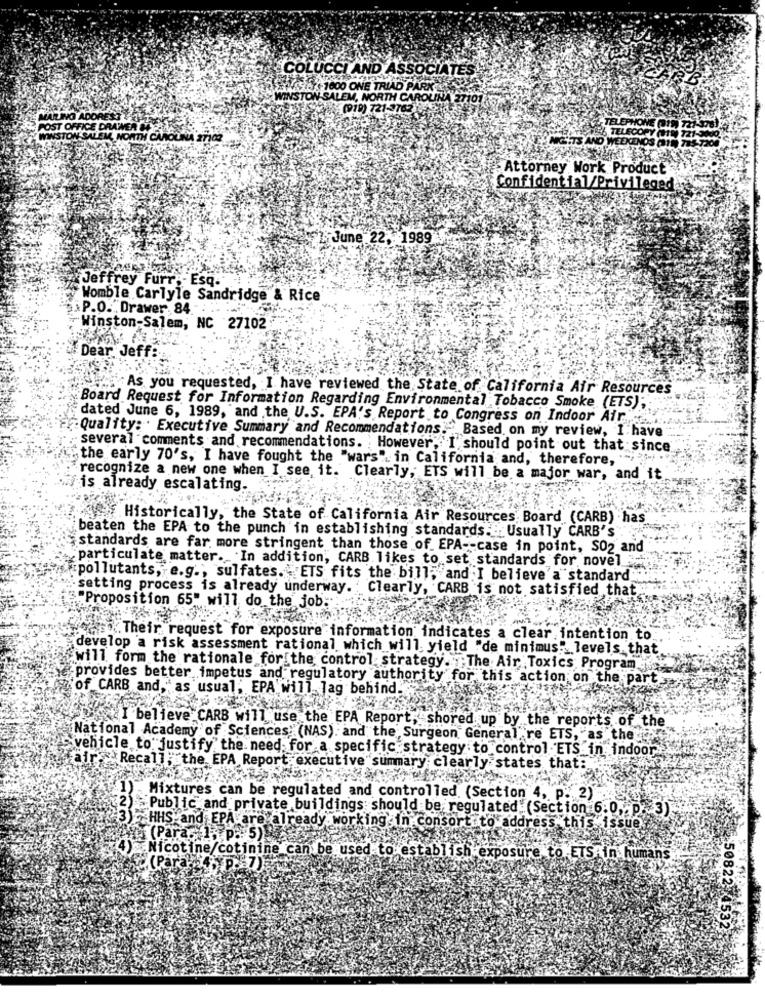
COLUCCI AND ASSOCIATES
ETSEC-1600 ONE TRIAD PARK
NSTON SALEM, NORTH CAROLINA 27101.
(910) 721-1703 67
POST O
56 TELECO
NORTH CAROLINA 27102
ETS AND WEEKEN
Attorney Work Product
Confidential/Privileged
June 22, 1989
Jeffrey Furr; - Esq.
Womble Carlyle Sandridge & Rice
:P.O. Drawer. 84 .-
Winston-Salem, NC 27102
Dear Jeff:
As you requested, I have reviewed the State of California Air Resources
Board Request for Information Regarding Environmental Tobacco Smoke (ETS);
dated June 6, 1989, and the U.S. EPA's Report to Congress on Indoor Air ...
Quality: . Executive Summary and Recommendations."Based on my review, I have
several comments and recommendations. However, I should point out that since
the early 70's, I have fought the "wars". in California and, therefore, ","".
recognize a new one when I see, it. Clearly, ETS will be a major war, and it.
fis already escalating.
Af Historically, the State of California Air Resources Board (CARB) has
beaten the EPA to the punch in establishing standards .. Usually CARB's
standards are far more stringent than those of EPA -- case in point, S02 and
particulate matter. In addition, CARB likes to set standards for novel
pollutants, e.g ., sulfates. ETS fits the bill, and I believe a standard
setting process is already underway. : Clearly, CARB is not satisfied that
"Proposition 65" will do the job:
was .Their request for exposure information indicates a clear intention to
develop a risk assessment rational which will. yield "de minimus" levels. that
will form the rationale for the control strategy. The Air Toxics Program
provides better impetus and regulatory authority for this action on the part.
of CARB and, as usual, EPA will lag behind.
I believe CARB will use the EPA Report, shored up by the reports of the
National Academy of Sciences: (NAS). and the Surgeon General re ETS, as the
vehicle to justify the need for a specific strategy to control ETS in indoor koua
Fairs Recall; the EPA Report executive summary clearly states that:
Mixtures can be regulated and controlled (Section 4, p. 2)
2) Public and private buildings should be regulated (Section 6.0, p. 3)
3) HHS and EPA are already working in consort to address this issue
als (Para. 1. p .: 5)
4) Nicotine/cotinine can be used to establish exposure to ETS in humans
4% (Para
50822.